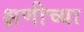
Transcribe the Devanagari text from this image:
क्षणीच्या